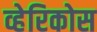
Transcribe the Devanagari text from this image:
व्हेरिकोस